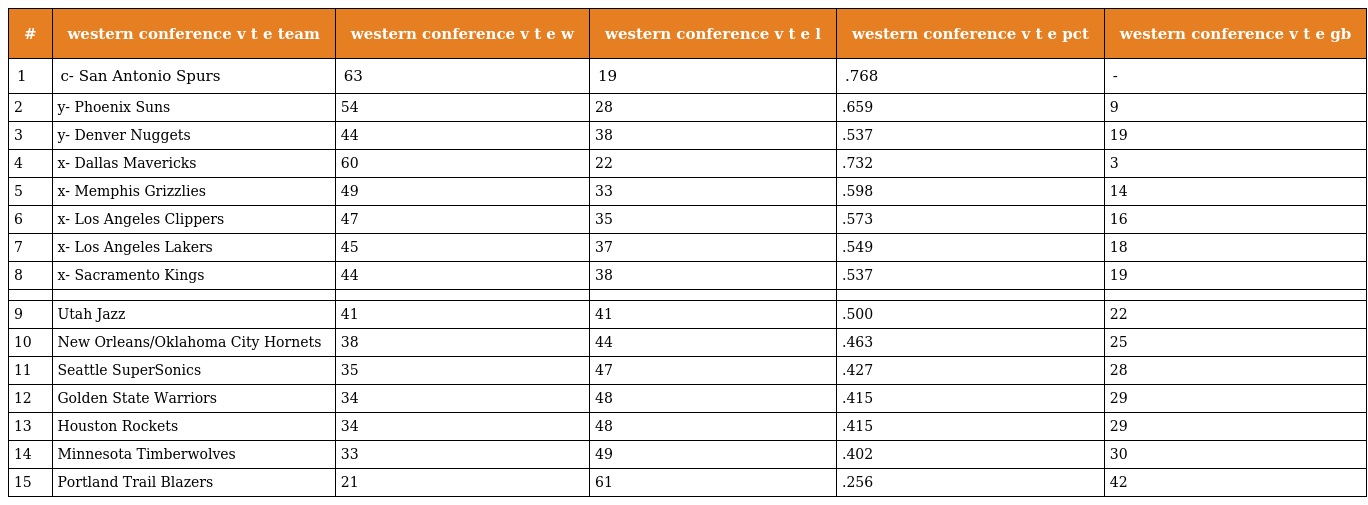
| # | western conference v t e team | western conference v t e w | western conference v t e l | western conference v t e pct | western conference v t e gb |
 | --- | --- | --- | --- | --- | --- |
 | 1 | c- San Antonio Spurs | 63 | 19 | .768 | - |
 | 2 | y- Phoenix Suns | 54 | 28 | .659 | 9 |
 | 3 | y- Denver Nuggets | 44 | 38 | .537 | 19 |
 | 4 | x- Dallas Mavericks | 60 | 22 | .732 | 3 |
 | 5 | x- Memphis Grizzlies | 49 | 33 | .598 | 14 |
 | 6 | x- Los Angeles Clippers | 47 | 35 | .573 | 16 |
 | 7 | x- Los Angeles Lakers | 45 | 37 | .549 | 18 |
 | 8 | x- Sacramento Kings | 44 | 38 | .537 | 19 |
 |  |  |  |  |  |  |
 | 9 | Utah Jazz | 41 | 41 | .500 | 22 |
 | 10 | New Orleans/Oklahoma City Hornets | 38 | 44 | .463 | 25 |
 | 11 | Seattle SuperSonics | 35 | 47 | .427 | 28 |
 | 12 | Golden State Warriors | 34 | 48 | .415 | 29 |
 | 13 | Houston Rockets | 34 | 48 | .415 | 29 |
 | 14 | Minnesota Timberwolves | 33 | 49 | .402 | 30 |
 | 15 | Portland Trail Blazers | 21 | 61 | .256 | 42 |